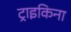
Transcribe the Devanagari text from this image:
ट्राइकिना